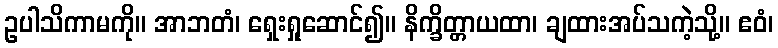
ဥပါသိကာမကို။ အာဘတံ၊ ရှေးရှုဆောင်၍။ နိက္ခိတ္တာယထာ၊ ချထားအပ်သကဲ့သို့။ ဧဝံ၊